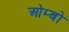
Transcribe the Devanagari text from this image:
ओम्बो